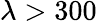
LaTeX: \lambda>300